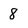
Character: 8